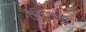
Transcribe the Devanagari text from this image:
टेरिडोफ़ाइटा